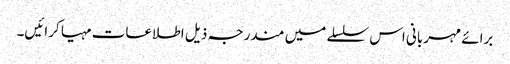
برائے مہربانی اس سلسلے میں مندرجہ ذیل اطلاعات مہیا کرائیں۔